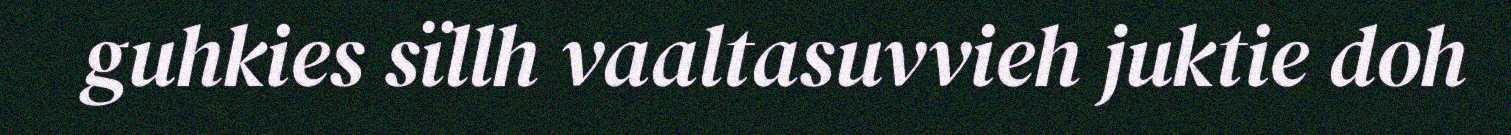
guhkies sïllh vaaltasuvvieh juktie doh